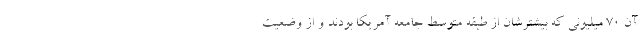
آن ۷۰ ميليوني كه بیشترشان از طبقه متوسط جامعه آمریکا بودند و از وضعیت